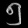
Digit: ၅